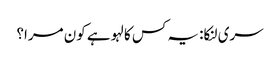
سری لنکا: یہ کس کا لہو ہے کون مرا؟